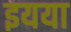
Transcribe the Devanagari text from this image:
इयया